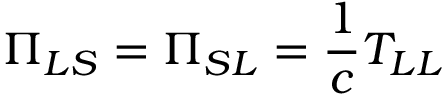
\Pi _ { L S } = \Pi _ { S L } = \frac { 1 } { c } T _ { L L }